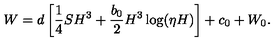
W = d \left[ \frac { 1 } { 4 } S H ^ { 3 } + \frac { b _ { 0 } } { 2 } H ^ { 3 } \log ( \eta H ) \right] + c _ { 0 } + W _ { 0 } .